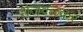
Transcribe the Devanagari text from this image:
शेजवळकर